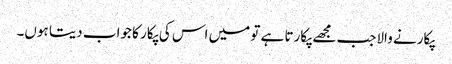
پکارنے والاجب مجھے پکارتا ہے تو میں اس کی پکار کا جواب دیتا ہوں۔